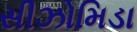
સીઝોમિડા